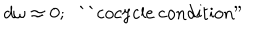
d \omega \approx 0 ; \; \; \mathrm { ` ` c o c y c l e ~ c o n d i t i o n " }